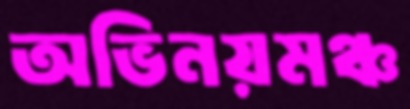
অভিনয়মঞ্চ